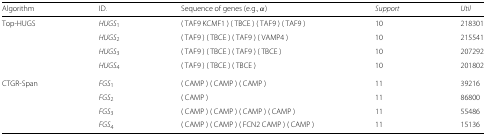
<table><thead><tr><td><b>Algorithm</b></td><td><b>ID.</b></td><td><b>Sequence of genes (e.g., <i>α</i>)</b></td><td><b><i>Support</i></b></td><td><b><i>Util</i></b></td></tr></thead><tbody><tr><td>Top-HUGS</td><td><i>H</i><i>U</i><i>G</i><i>S</i><sub>1</sub></td><td>(TAF9 KCMF1) (TBCE) (TAF9) (TAF9)</td><td>10</td><td>218301</td></tr><tr><td></td><td><i>H</i><i>U</i><i>G</i><i>S</i><sub>2</sub></td><td>(TAF9) (TBCE) (TAF9) (VAMP4)</td><td>10</td><td>215541</td></tr><tr><td></td><td><i>H</i><i>U</i><i>G</i><i>S</i><sub>3</sub></td><td>(TAF9) (TBCE) (TAF9) (TBCE)</td><td>10</td><td>207292</td></tr><tr><td></td><td><i>H</i><i>U</i><i>G</i><i>S</i><sub>4</sub></td><td>(TAF9) (TBCE) (TBCE)</td><td>10</td><td>201802</td></tr><tr><td>CTGR-Span</td><td><i>F</i><i>G</i><i>S</i><sub>1</sub></td><td>(CAMP) (CAMP) (CAMP)</td><td>11</td><td>39216</td></tr><tr><td></td><td><i>F</i><i>G</i><i>S</i><sub>2</sub></td><td>(CAMP)</td><td>11</td><td>86800</td></tr><tr><td></td><td><i>F</i><i>G</i><i>S</i><sub>3</sub></td><td>(CAMP) (CAMP) (CAMP) (CAMP)</td><td>11</td><td>55486</td></tr><tr><td></td><td><i>F</i><i>G</i><i>S</i><sub>4</sub></td><td>(CAMP) (CAMP) (FCN2 CAMP) (CAMP)</td><td>11</td><td>15136</td></tr></tbody></table>